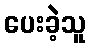
ပေးခဲ့သူ